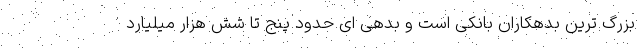
بزرگ ترین بدهکاران بانکی است و بدهی ای حدود پنج تا شش هزار میلیارد